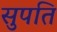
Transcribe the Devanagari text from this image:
सुपति